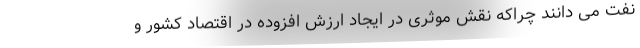
نفت می دانند چراکه نقش موثری در ایجاد ارزش افزوده در اقتصاد کشور و